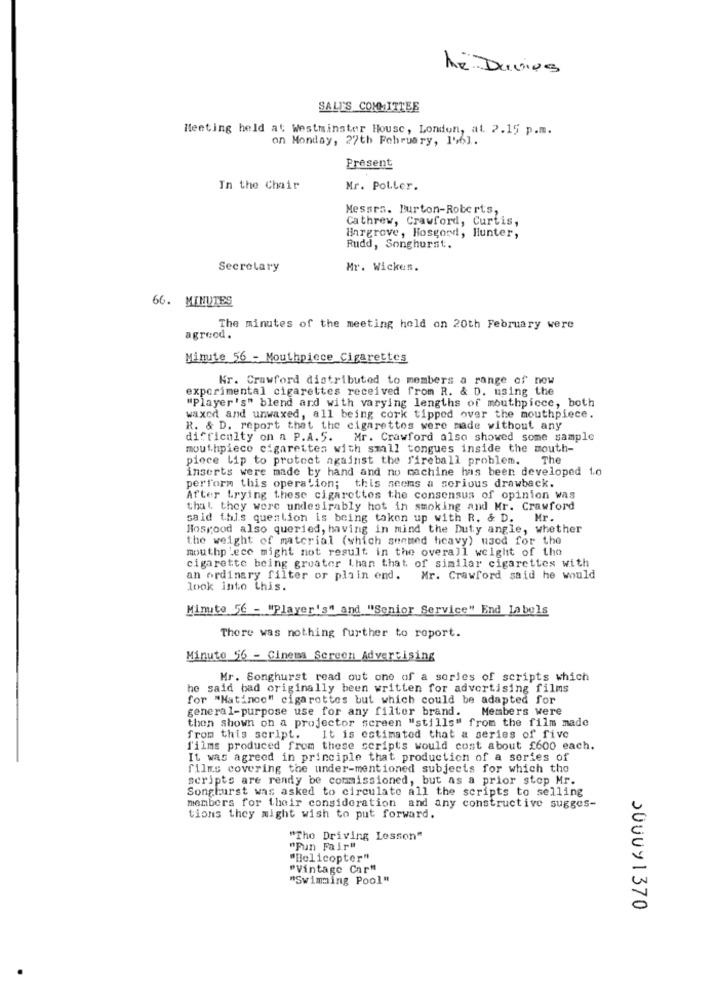
he Davies
SALT'S COMMITTEE
Meeting held at Westminster House, London, at. 2.15 p.m.
on Monday, 27th February, 1961.
Present
In the Chair
Mr. Poller.
Messrs. Burton-Roberts,
Cathrew, Crawford, Curtis,
Hargrove, Hosgord, Hunter,
Rudd, Songhurst.
Secretary
Mr. Wickes.
66. MINUTES
The minutes of the meeting hold on 20th February were
agreed.
Minute 56 - Mouthpiece Cigarettes
Kr. Crawford distributed to members a range of now
experimental cigarettes received from R. & D. using the
"player's" blend and with varying lengths of mouthpicce, both
waxed and unwaxed, all being cork tipped over the mouthpiece.
R. & D. report that the cigarettes were made without any
difficulty on a P.A.5.
Mr. Crawford also showed some sample
mouthpiece cigarettes with small tongues inside the mouth-
piece Lip to protect against the fireball problem. The
inserts were made by hand and no machine has been developed 1.0
perform this operation; this seems a serious drawback.
After trying these cigarettes the consensus of opinion was
that they were undesirably hot in smoking and Mr. Crawford
said this question is being taken up with R. & D. Mr.
Hosrood also queried, having in mind the Duty angle, whether
the weight of material (which suemed heavy) used for the
mouthpleco might not result in the overall weight of the
cigarette being greater than that of similar cigarettes with
an ordinary filter or plain end. Mr. Crawford said he would
look into this.
Minute 56 - "Player's" and "Senior Service" End labels
There was nothing further to report.
Minuto 56 - Cinema Screen Advertising
Mr. Songhurst read out one of a series of scripts which
he said bad originally been written for advertising films
for "Matinco" cigarettes but which could be adapted for
general-purpose use for any filter brand. Members were
then shown on a projector screen "stills" from the film made
from this script. It is estimated that a series of five
films produced from these scripts would cost about £600 each.
It was agreed in principle that productich of a series of
films covering the under-mentioned subjects for which the
scripts are ready be commissioned, but as a prior step Mr.
Songhurst was asked to circulate all the scripts to selling
members for their consideration and any constructive sugges-
tions they might wish to put forward.
"The Driving Lesson"
"Pun Fair"
"Helicopter"
"Vintage Car"
"Swimming Pool"
,000y 1370